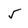
Character: 5